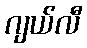
ဂျယ်လီ